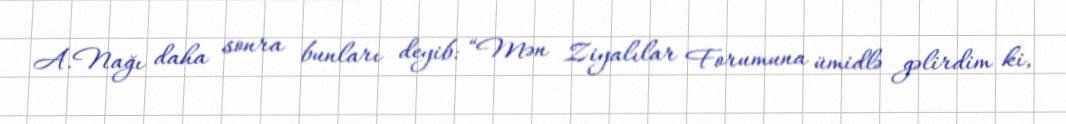
A.Nağı daha sonra bunları deyib: “Mən Ziyalılar Forumuna ümidlə gəlirdim ki,